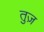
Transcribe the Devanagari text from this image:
तुज़